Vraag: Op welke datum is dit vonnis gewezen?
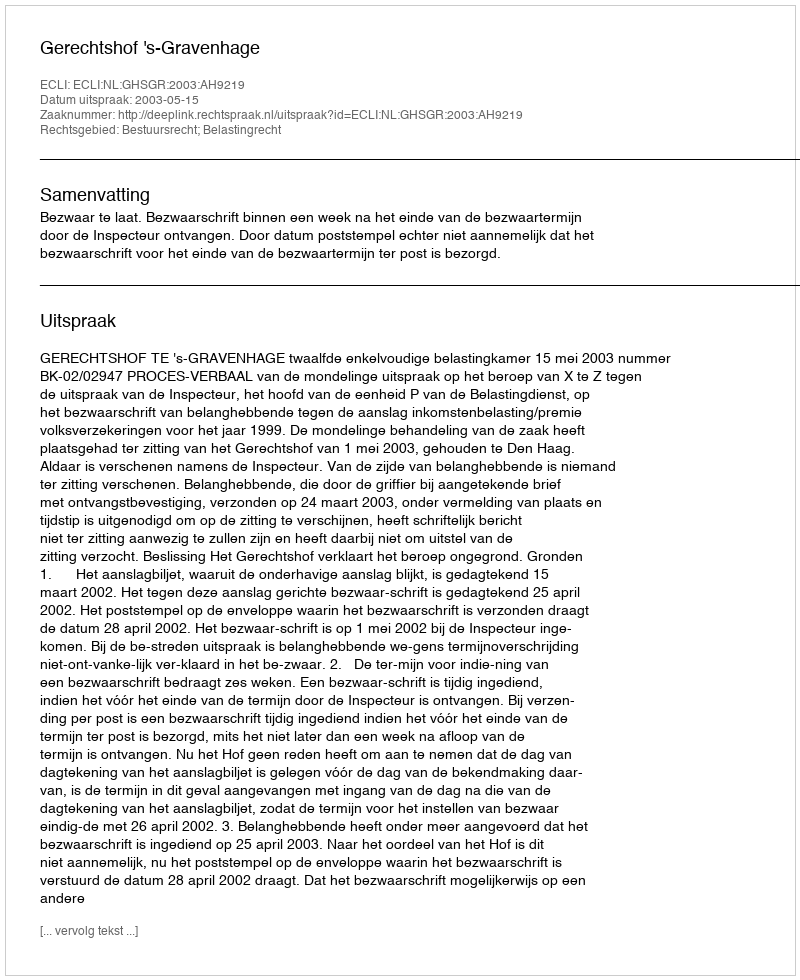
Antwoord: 2003-05-15